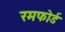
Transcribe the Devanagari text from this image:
रमफोर्ड